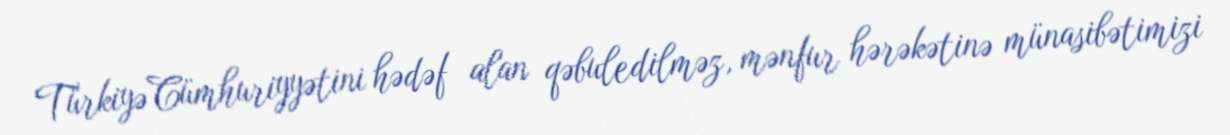
Türkiyə Cümhuriyyətini hədəf alan qəbuledilməz, mənfur hərəkətinə münasibətimizi